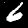
Digit: 6